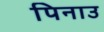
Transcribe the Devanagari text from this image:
पिनाउ